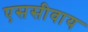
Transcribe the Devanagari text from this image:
एससीवाय